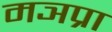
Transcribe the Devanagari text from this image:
मञप्रा